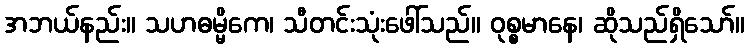
အဘယ်နည်း။ သဟဓမ္မိကေ၊ သီတင်းသုံးဖေါ်သည်။ ဝုစ္စမာနေ၊ ဆိုသည်ရှိသော်။